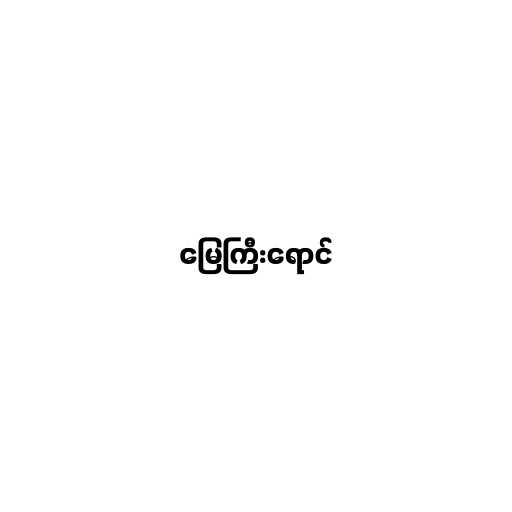
မြေကြီးရောင်